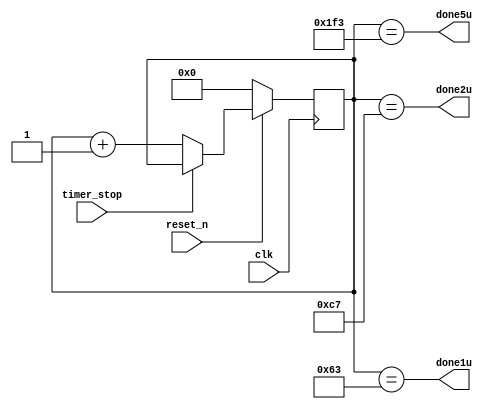
`timescale 1ns / 1ps
//////////////////////////////////////////////////////////////////////////////////
// Company: 
// Engineer: 
// 
// Design Name: 
// Module Name: Timer
// Project Name: 
// Target Devices: 
// Tool Versions: 
// Description: 
// 
// Dependencies: 
// 
// Revision:
// Revision 0.01 - File Created
// Additional Comments:
// 
//////////////////////////////////////////////////////////////////////////////////


module Timer
#(parameter N=10)(
    input clk,
    input reset_n,
    input timer_stop,
    output done1u,
    output done2u,
    output done5u
    );
     reg [N-1:0] Q_reg,Q_Next;
    always @(posedge clk)
    begin
        if(~reset_n)
            Q_reg<= 'b0;
        else
            Q_reg<=Q_Next;
    end
    always @(*)
    begin
        if(timer_stop)
            Q_Next = Q_reg;
        else
            Q_Next = Q_reg+1;
    end
    assign done1u = (Q_reg==99);
    assign done2u = (Q_reg==199);
    assign done5u = (Q_reg==499);
endmodule